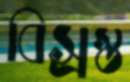
বিস্রস্ত